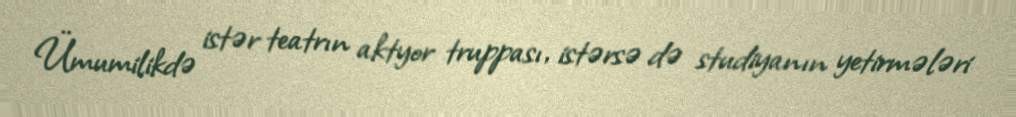
Ümumilikdə istər teatrın aktyor truppası, istərsə də studiyanın yetirmələri